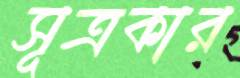
সূত্রকার